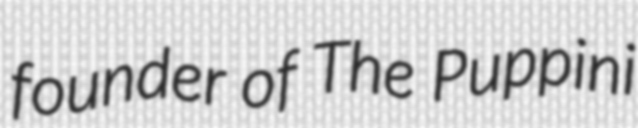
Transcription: founder of The Puppini